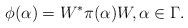
LaTeX: \begin{align*} \phi(\alpha)=W^*\pi(\alpha)W,\alpha\in\Gamma.\end{align*}